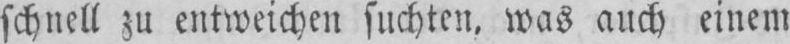
schnell zu entweichen suchten, was auch einem